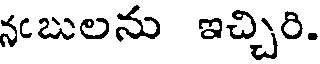
నంబులను ఇచ్చిరి.